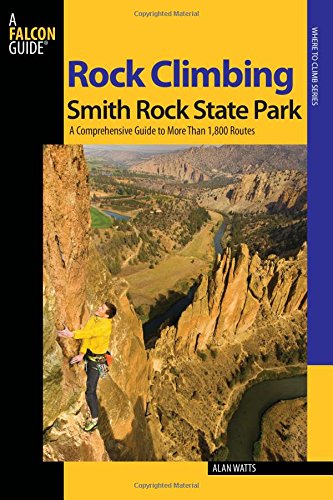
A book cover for Rock Climbing Smith Rock State Park: A Comprehensive Guide To More Than 1,800 Routes (Regional Rock Climbing Series); Alan Watts; Sports & Outdoors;